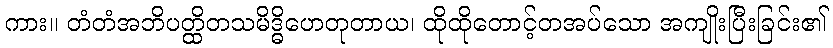
ကား။ တံတံအဘိပတ္ထိတသမိဒ္ဓိဟေတုတာယ၊ ထိုထိုတောင့်တအပ်သော အကျိုးပြီးခြင်း၏